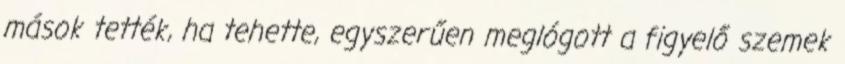
mások tették, ha tehette, egyszerűen meglógott a figyelő szemek